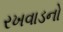
રખવાડનો